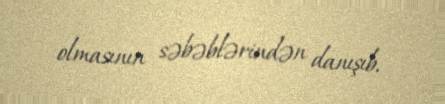
olmasının səbəblərindən danışıb.